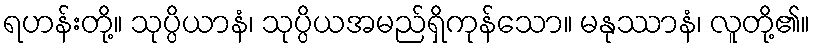
ရဟန်းတို့။ သုပ္ပိယာနံ၊ သုပ္ပိယအမည်ရှိကုန်သော။ မနုဿာနံ၊ လူတို့၏။